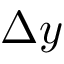
\Delta y